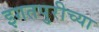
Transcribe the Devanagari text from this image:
इगतपुरीच्या